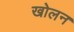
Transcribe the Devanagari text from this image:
खोलन